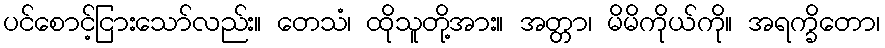
ပင်စောင့်ငြားသော်လည်း။ တေသံ၊ ထိုသူတို့အား။ အတ္တာ၊ မိမိကိုယ်ကို။ အရက္ခိတော၊